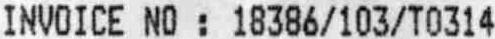
INVOICE NO : 18386/103/T0314